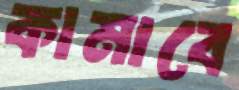
কামাবে